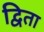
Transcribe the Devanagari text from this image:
द्विता